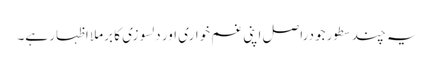
یہ چند سطور جودراصل اپنی غم خواری اور دلسوزی کا برملا اظہار ہے۔